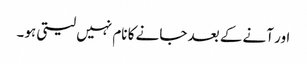
اور آنے کے بعد جانے کا نام نہیں لیتی ہو۔